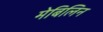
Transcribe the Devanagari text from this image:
मेबिलिन